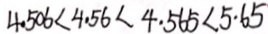
4 . 5 0 6 < 4 . 5 6 < 4 . 5 6 5 < 5 . 6 5